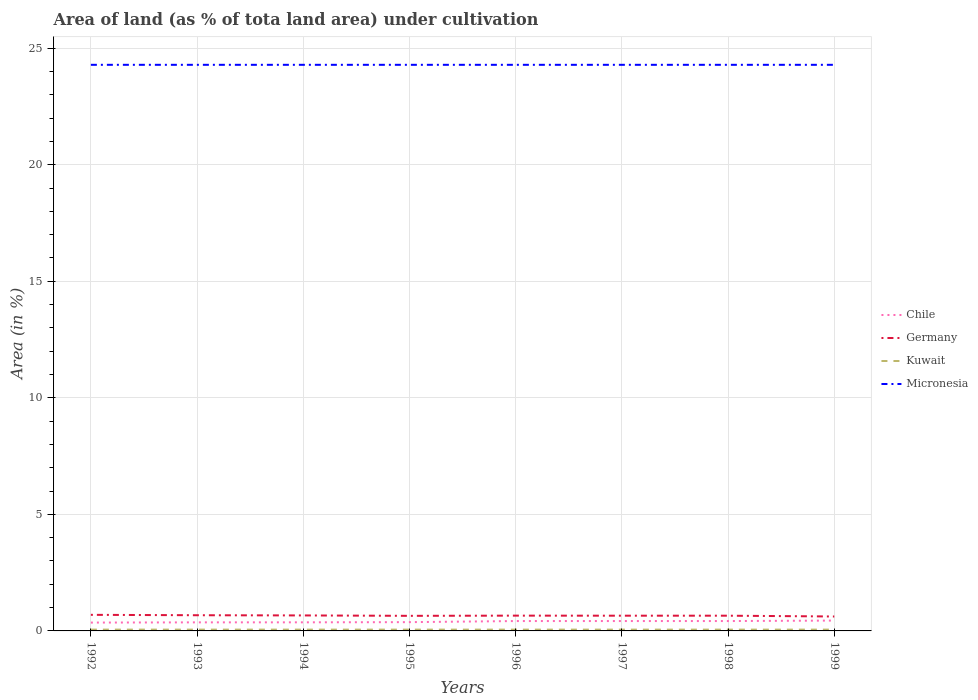
| Years | Chile | Germany | Kuwait | Micronesia |
 | --- | --- | --- | --- | --- |
 | 1992 | 0.358 | 0.69 | 0.0561 | 24.3 |
 | 1993 | 0.367 | 0.673 | 0.0561 | 24.3 |
 | 1994 | 0.369 | 0.665 | 0.0561 | 24.3 |
 | 1995 | 0.377 | 0.647 | 0.0561 | 24.3 |
 | 1996 | 0.424 | 0.656 | 0.0561 | 24.3 |
 | 1997 | 0.424 | 0.653 | 0.0561 | 24.3 |
 | 1998 | 0.424 | 0.653 | 0.0561 | 24.3 |
 | 1999 | 0.444 | 0.619 | 0.0561 | 24.3 |